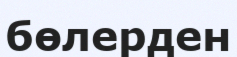
бөлерден